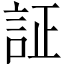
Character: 証